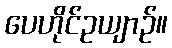
ပေဟိုင်ဥယျာဉ်။